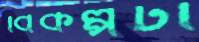
বিকল্পটা